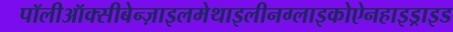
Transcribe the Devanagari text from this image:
पॉलीऑक्सीबेन्ज़ाइलमेथाइलीनग्लाइकोऐनहाइड्राइड